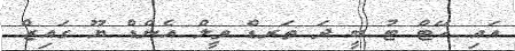
އައި ހޭޓް ޓު ބީ ދަ ތަރޑް ވީލް އެންޑް ޔޫ ގައިޒް